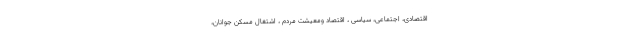
اقتصادی، اجتماعی، سیاسی ، اقتصاد ومعیشت مردم ، اشتغال مسکن جوانان،